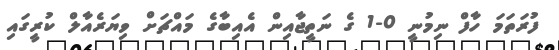
ފުރަތަމަ ހާފް ނިމުނީ 0-1 ގެ ނަތީޖާއިން އެއިބާގެ މައްޗަށް ވިޔަރެއާލް ކުރީގައި